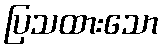
ပြသထားသော